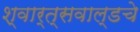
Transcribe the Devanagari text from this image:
श्वार्त्सवाल्डचे